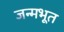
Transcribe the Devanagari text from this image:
जन्मभूत